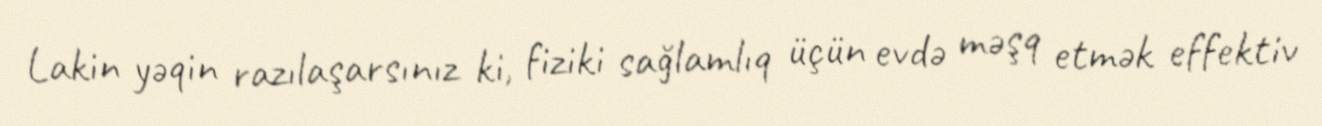
Lakin yəqin razılaşarsınız ki, fiziki sağlamlıq üçün evdə məşq etmək effektiv